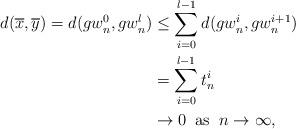
LaTeX: \begin{align*} d(\overline{x},\overline{y}) =d(gw^0_n, gw^l_n) &\leq \sum\limits_{i=0}^{l-1}d(gw^i_n, gw^{i+1}_n)\\ & =\sum\limits_{i=0}^{l-1}t^i_n \\ & \to 0 \;\;{\rm as}\;\;n \to\infty,\end{align*}